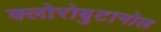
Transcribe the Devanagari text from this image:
क्लोरोबुटानोल